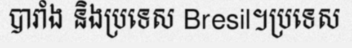
បារាំង និងប្រទេស Bresil។ប្រទេស